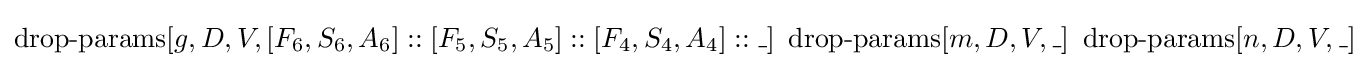
\operatorname {drop-params} [g,D,V,[F_{6},S_{6},A_{6}]::[F_{5},S_{5},A_{5}]::[F_{4},S_{4},A_{4}]::\_]\ \operatorname {drop-params} [m,D,V,\_]\ \operatorname {drop-params} [n,D,V,\_]